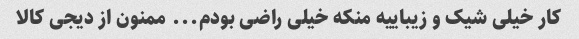
کار خیلی شیک و زیباییه منکه خیلی راضی بودم... ممنون از دیجی کالا